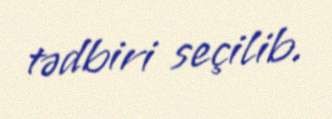
tədbiri seçilib.